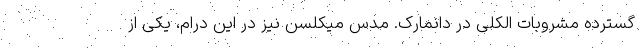
گسترده مشروبات الکلی در دانمارک. مدس میکلسن نیز در این درام، یکی از